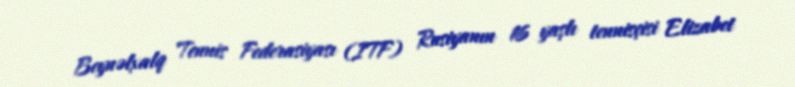
Beynəlxalq Tennis Federasiyası (ITF) Rusiyanın 16 yaşlı tennisçisi Elizabet